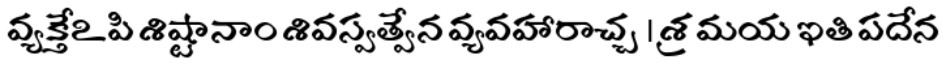
వ్యక్తేఽపి శిష్టానాం శివస్వత్వేన వ్యవహారాచ్చ । శ్రమయ ఇతి పదేన